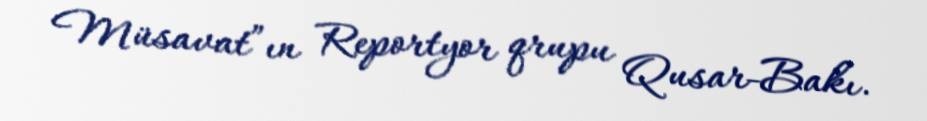
Müsavat”ın Reportyor qrupu Qusar-Bakı.